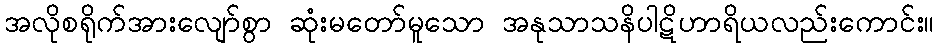
အလိုစရိုက်အားလျော်စွာ ဆုံးမတော်မူသော အနုသာသနိပါဋိဟာရိယလည်းကောင်း။